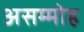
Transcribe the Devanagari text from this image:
असम्मोह